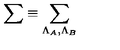
\sum \equiv \sum _ { \Lambda _ { A } , \Lambda _ { B } }